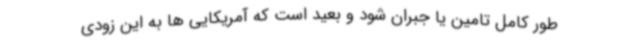
طور کامل تامین یا جبران شود و بعید است که آمریکایی ها به این زودی